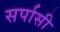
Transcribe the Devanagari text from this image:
सर्पासी